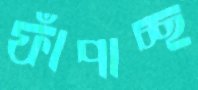
ফাঁপাচ্ছ